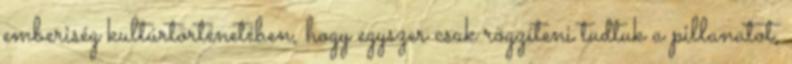
emberiség kultúrtörténetében, hogy egyszer csak rögzíteni tudtuk a pillanatot,